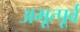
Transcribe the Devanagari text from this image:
अभूत्पूर्व